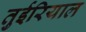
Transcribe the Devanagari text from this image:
तुईरियाल